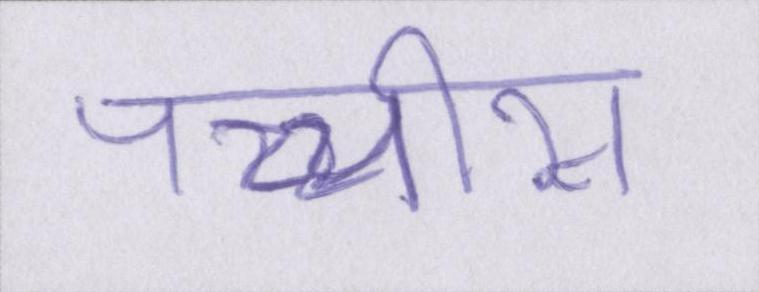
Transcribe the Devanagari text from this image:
पच्चीस